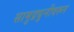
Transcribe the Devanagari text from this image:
सामुद्रधुनीवरून